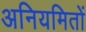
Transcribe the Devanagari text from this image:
अनियमितों